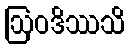
ဩဝဒိဿသိ